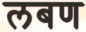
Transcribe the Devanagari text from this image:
लबण